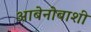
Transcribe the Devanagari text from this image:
आबेनोबाशी